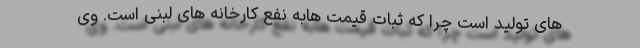
های تولید است‌ چرا که ثبات قیمت هابه نفع کارخانه های لبنی است. وی